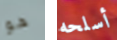
هو أسلحه